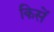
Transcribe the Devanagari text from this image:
किसें